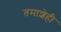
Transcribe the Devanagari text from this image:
तमाशेही